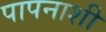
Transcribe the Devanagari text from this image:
पापनाशी